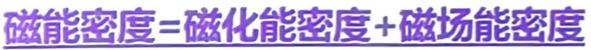
磁能密度=磁化能密度+磁场能密度